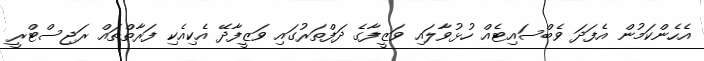
އެހެންކަމުން އެފަދަ ވެބްސައިޓެއް ހުޅުވާލައި ވަޒީފާގެ ދަފްތަރުގައި ވަޒީފާދޭ އެކިއެކި ފަރާތްތައް ރަޖިސްޓްރީ